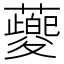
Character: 䕫